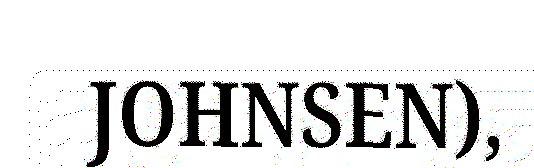
JOHNSEN),